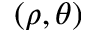
( \rho , \theta )